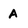
Character: A